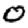
Digit: 0